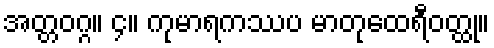
အတ္တဝဂ္ဂ။ ၄။ ကုမာရကဿပ မာတုထေရီဝတ္ထု။